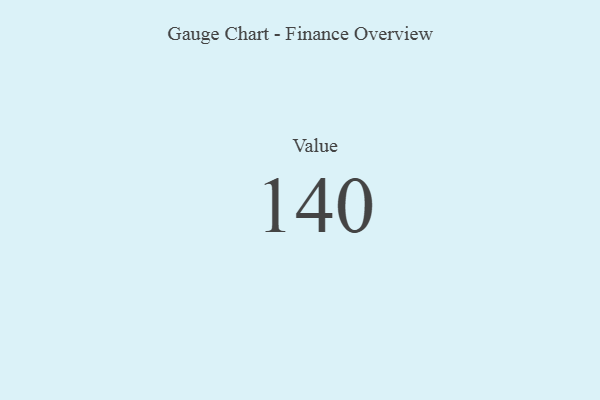
{"axis": {"x": "Metric", "y": "Value"}, "legend": [""], "data": [{"x": "Value", "y": 140, "type": ""}]}